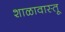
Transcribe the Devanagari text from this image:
शाळावास्तू